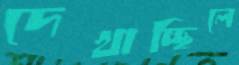
দেখাচ্ছিলে